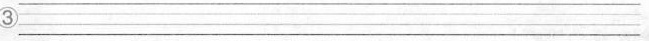
③___